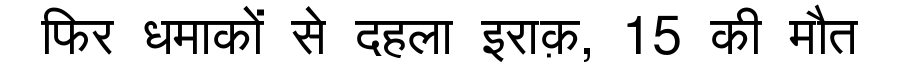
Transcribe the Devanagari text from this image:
फिर धमाकों से दहला इराक़, 15 की मौत